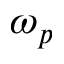
\omega _ { p }